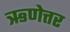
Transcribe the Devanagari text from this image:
ऋणेत्तर